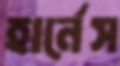
হার্নেস